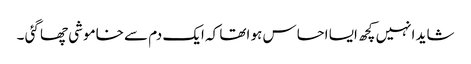
شاید انہیں کچھ ایسا احساس ہو اتھا کہ ایک دم سے خاموشی چھا گئی ۔